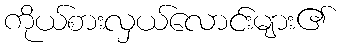
ကိုယ်စားလှယ်လောင်းများ၏